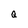
Character: Q